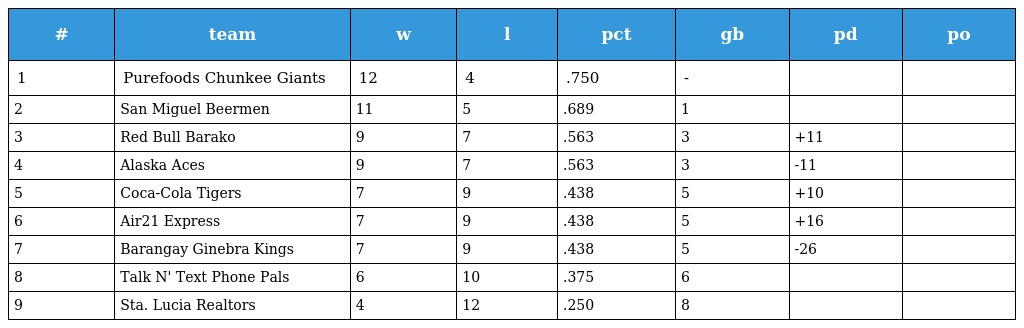
| # | team | w | l | pct | gb | pd | po |
 | --- | --- | --- | --- | --- | --- | --- | --- |
 | 1 | Purefoods Chunkee Giants | 12 | 4 | .750 | - |  |  |
 | 2 | San Miguel Beermen | 11 | 5 | .689 | 1 |  |  |
 | 3 | Red Bull Barako | 9 | 7 | .563 | 3 | +11 |  |
 | 4 | Alaska Aces | 9 | 7 | .563 | 3 | -11 |  |
 | 5 | Coca-Cola Tigers | 7 | 9 | .438 | 5 | +10 |  |
 | 6 | Air21 Express | 7 | 9 | .438 | 5 | +16 |  |
 | 7 | Barangay Ginebra Kings | 7 | 9 | .438 | 5 | -26 |  |
 | 8 | Talk N' Text Phone Pals | 6 | 10 | .375 | 6 |  |  |
 | 9 | Sta. Lucia Realtors | 4 | 12 | .250 | 8 |  |  |